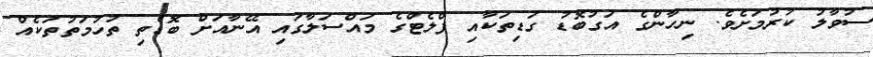
ސުވާލު ކުރުމަށެވެ. ނިހާންގެ އަގުބޮޑު ގަޑިތަކާއި ފްލެޓްގެ މައްސަލާގައި އޭނާއަށް ބޮޑެތި ތުހުމަތުތަކެއް